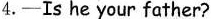
4.——Is he your father?